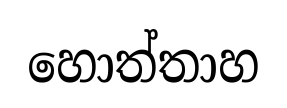
හොත්තාහ